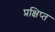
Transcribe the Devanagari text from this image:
प्रक्षिप्‍त